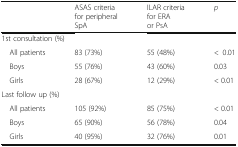
<table><thead><tr><td></td><td><b>ASAS criteria for peripheral SpA</b></td><td><b>ILAR criteria for ERA or PsA</b></td><td><b><i>p</i></b></td></tr></thead><tbody><tr><td colspan="4">1st consultation (%)</td></tr><tr><td> All patients</td><td>83 (73%)</td><td>55 (48%)</td><td>&lt;0.01</td></tr><tr><td> Boys</td><td>55 (76%)</td><td>43 (60%)</td><td>0.03</td></tr><tr><td> Girls</td><td>28 (67%)</td><td>12 (29%)</td><td>&lt; 0.01</td></tr><tr><td colspan="4">Last follow up (%)</td></tr><tr><td> All patients</td><td>105 (92%)</td><td>85 (75%)</td><td>&lt; 0.01</td></tr><tr><td> Boys</td><td>65 (90%)</td><td>56 (78%)</td><td>0.04</td></tr><tr><td> Girls</td><td>40 (95%)</td><td>32 (76%)</td><td>0.01</td></tr></tbody></table>